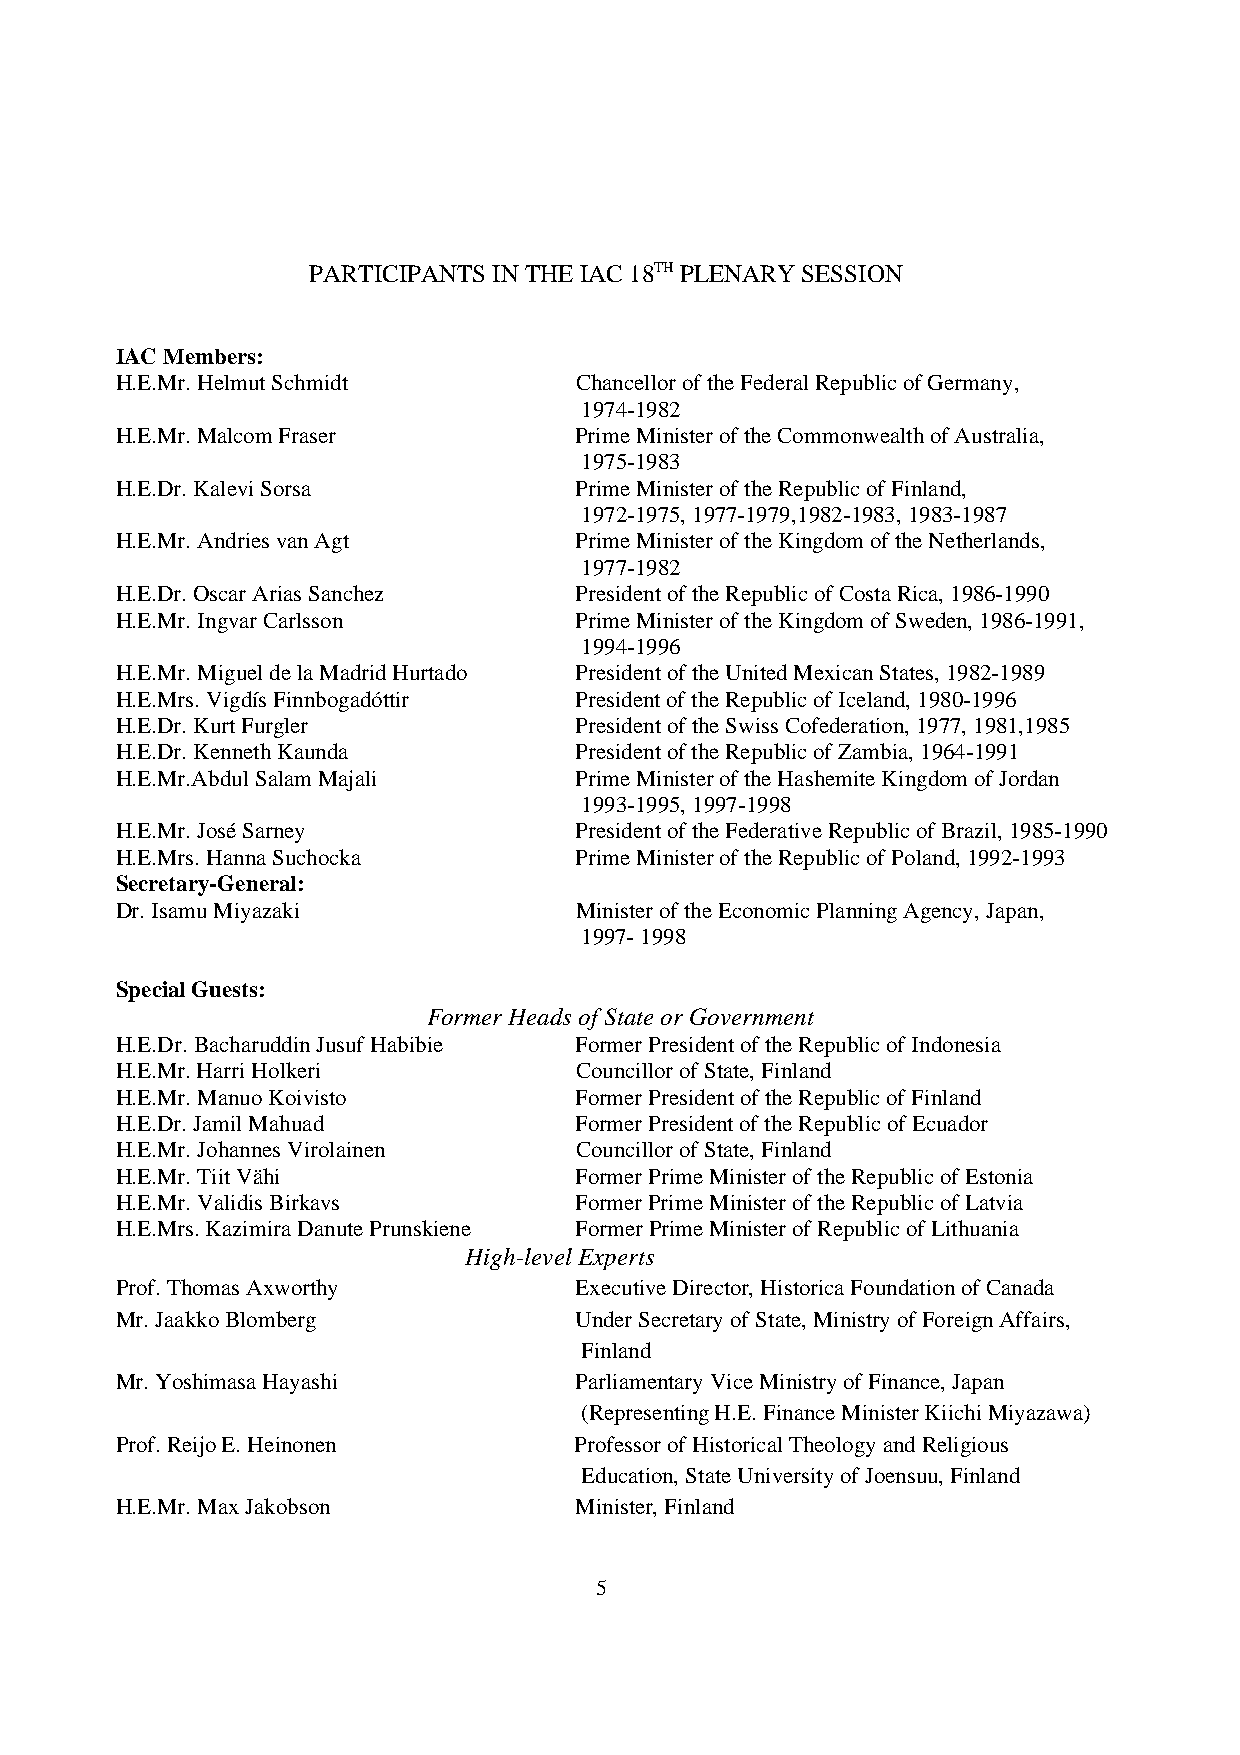
PARTICIPANTS IN THE IAC 18TH PLENARY SESSION
 IAC Members:
 H.E.Mr. Helmut Schmidt        Chancellor of the Federal Republic of Germany,
 1974-1982
 H.E.Mr. Malcom Fraser         Prime Minister of the Commonwealth of Australia,
 1975-1983
 H.E.Dr. Kalevi Sorsa          Prime Minister of the Republic of Finland,
 1972-1975, 1977-1979,1982-1983, 1983-1987
 H.E.Mr. Andries van Agt       Prime Minister of the Kingdom of the Netherlands,
 1977-1982
 H.E.Dr. Oscar Arias Sanchez   President of the Republic of Costa Rica, 1986-1990
 H.E.Mr. Ingvar Carlsson       Prime Minister of the Kingdom of Sweden, 1986-1991,
 1994-1996
 H.E.Mr. Miguel de la Madrid Hurtado President of the United Mexican States, 1982-1989
 H.E.Mrs. Vigdís Finnbogadóttir President of the Republic of Iceland, 1980-1996
 H.E.Dr. Kurt Furgler          President of the Swiss Cofederation, 1977, 1981,1985
 H.E.Dr. Kenneth Kaunda        President of the Republic of Zambia, 1964-1991
 H.E.Mr.Abdul Salam Majali     Prime Minister of the Hashemite Kingdom of Jordan
 1993-1995, 1997-1998
 H.E.Mr. José Sarney           President of the Federative Republic of Brazil, 1985-1990
 H.E.Mrs. Hanna Suchocka       Prime Minister of the Republic of Poland, 1992-1993
 Secretary-General:
 Dr. Isamu Miyazaki            Minister of the Economic Planning Agency, Japan,
 1997- 1998
 Special Guests:
 Former Heads of State or Government
 H.E.Dr. Bacharuddin Jusuf Habibie Former President of the Republic of Indonesia
 H.E.Mr. Harri Holkeri         Councillor of State, Finland
 H.E.Mr. Manuo Koivisto        Former President of the Republic of Finland
 H.E.Dr. Jamil Mahuad          Former President of the Republic of Ecuador
 H.E.Mr. Johannes Virolainen   Councillor of State, Finland
 H.E.Mr. Tiit Vähi             Former Prime Minister of the Republic of Estonia
 H.E.Mr. Validis Birkavs       Former Prime Minister of the Republic of Latvia
 H.E.Mrs. Kazimira Danute Prunskiene Former Prime Minister of Republic of Lithuania
 High-level Experts
 Prof. Thomas Axworthy         Executive Director, Historica Foundation of Canada
 Mr. Jaakko Blomberg           Under Secretary of State, Ministry of Foreign Affairs,
 Finland
 Mr. Yoshimasa Hayashi         Parliamentary Vice Ministry of Finance, Japan
 (Representing H.E. Finance Minister Kiichi Miyazawa)
 Prof. Reijo E. Heinonen       Professor of Historical Theology and Religious
 Education, State University of Joensuu, Finland
 H.E.Mr. Max Jakobson          Minister, Finland
 5